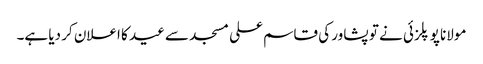
مولانا پوپلزئی نے تو پشاور کی قاسم علی مسجد سے عید کا اعلان کر دیا ہے۔